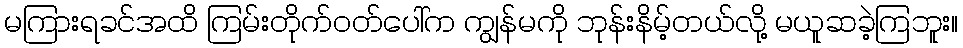
မကြားရခင်အထိ ကြမ်းတိုက်ဝတ်ပေါ်က ကျွန်မကို ဘုန်းနိမ့်တယ်လို့ မယူဆခဲ့ကြဘူး။